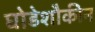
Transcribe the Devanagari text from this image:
घोडेशौकीन